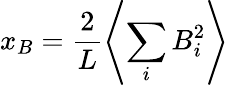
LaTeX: x_{B}=\frac{2}{L}\left\langle\sum_{i}B_{i}^{2}\right\rangle